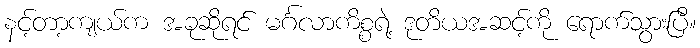
နင့်တာ့ကျယ်က အခုဆိုရင် မင်္ဂလာကိစ္စရဲ့ ဒုတိယအဆင့်ကို ရောက်သွားပြီ။